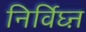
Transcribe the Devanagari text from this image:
निर्विघ्ऩ